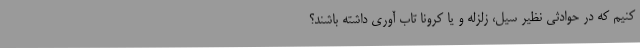
کنیم که در حوادثی نظیر سیل، زلزله و یا کرونا تاب آوری داشته باشند؟